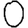
Digit: 0